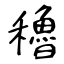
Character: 穭